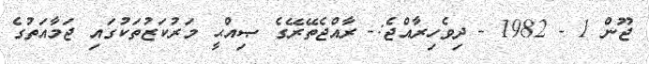
ޖޫން 1 - 1982 - ދިވެހިރާއްޖެ:- ރާއްޖެތޭރޭގެ ޞިއްޙީ މަރުކަޒުތަކުގައި ޖަމާއަތުގެ